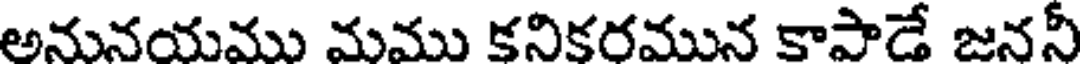
అనునయము మము కనికరమున కాపాడే జననీ